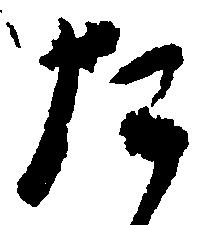
た